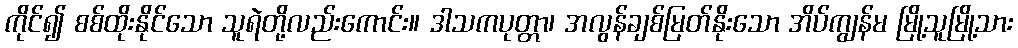
ကိုင်၍ စစ်ထိုးနိုင်သော သူရဲတို့လည်းကောင်း။ ဒါသကပုတ္တာ၊ အလွန်ချစ်မြတ်နိုးသော အိပ်ကျွန်မ မြို့သူမြို့သား